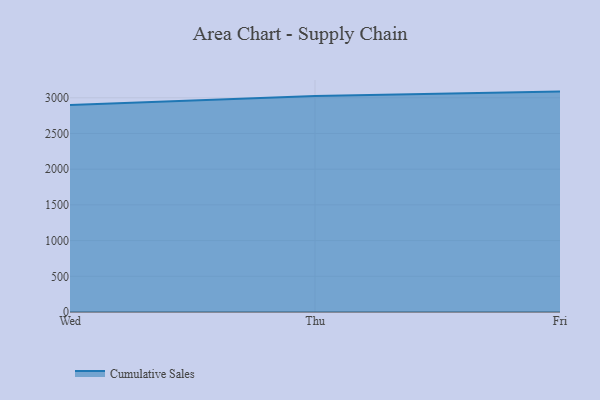
{"axis": {"x": "Day", "y": "Shipments"}, "legend": ["Cumulative Sales"], "data": [{"x": "Wed", "y": 2899.0, "type": "Cumulative Sales"}, {"x": "Thu", "y": 3025.0, "type": "Cumulative Sales"}, {"x": "Fri", "y": 3086.6, "type": "Cumulative Sales"}]}